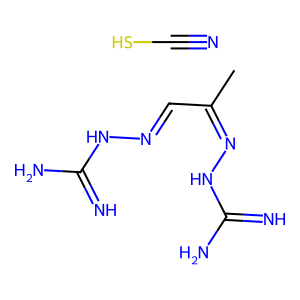
SMILES: CC(C=NNC(=N)N)=NNC(=N)N.N#CS
Inhibits HIV replication: No